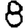
Digit: 8